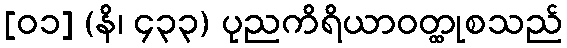
[၀၁] (နိ၊ ၄၃၃) ပုညကိရိယာဝတ္ထုစသည်